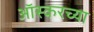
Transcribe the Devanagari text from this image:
ऑस्करच्या